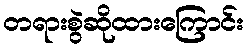
တရားစွဲဆိုထားကြောင်း